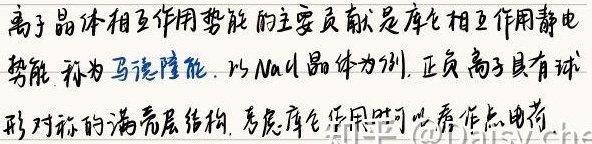
离子晶体相互作用势能的主要贡献是库仑相互作用静电势能，称为马德隆能。以 $\ce{NaCl}$ 晶体为例，正负离子具有球形对称的满壳层结构，考虑库仑作用时可以看作点电荷。